Subject: physics
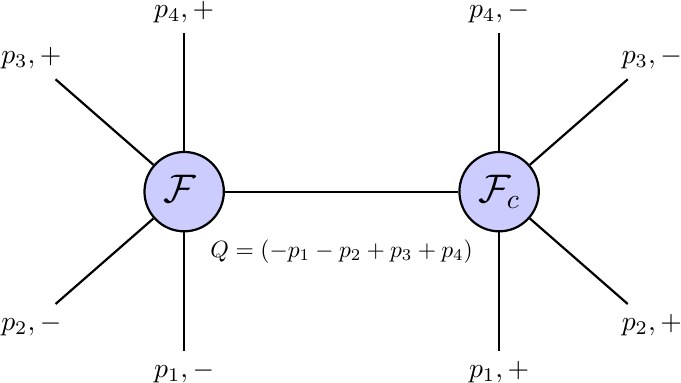
LaTeX code:
\begin{tikzpicture}[baseline=0,auto,node distance=2cm,thick,main node/.style={circle,fill=blue!20,draw,font=\sffamily\Large\bfseries}, scale=2, pin distance=1.5cm]
	    \tikzset{every pin edge/.append style={black, thick}}
	    \node[main node,pin=90:{$p_4,+$},pin=135:{$p_3,+$},pin=-135:{$p_2,-$},pin=-90:{$p_1,-$}] (F) at (0,0) {$\mathcal{F}_{\phantom{c}}$};
	    \node[main node,pin=90:{$p_4,-$},pin=45:{$p_3,-$},pin=-45:{$p_2,+$},pin=-90:{$p_1,+$}] (Fc) at (2,0) {$\mathcal{F}_c$};
	    \path [-] (F) edge node[below] {\scalebox{0.85}{$\begin{aligned} &\\Q=(-p_1-p_2+p_3+p_4)\end{aligned}$}} (Fc);
\end{tikzpicture}